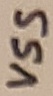
Text: VSS